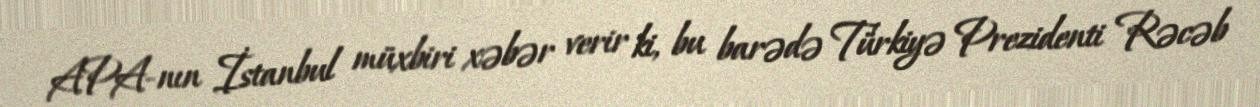
APA-nın İstanbul müxbiri xəbər verir ki, bu barədə Türkiyə Prezidenti Rəcəb